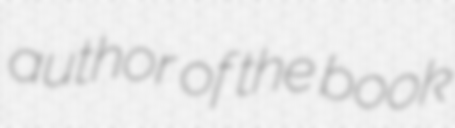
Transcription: author of the book